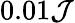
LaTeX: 0.01\mathcal{J}